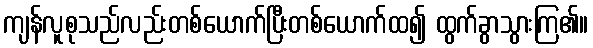
ကျန်လူစုသည်လည်းတစ်ယောက်ပြီးတစ်ယောက်ထ၍ ထွက်ခွာသွားကြ၏။